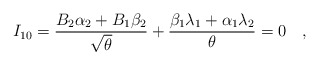
\begin{align*} I_{10} = {B_2\alpha_2+B_1\beta_2\over{\sqrt{\theta}}}+ {\beta_1\lambda_1+\alpha_1\lambda_2 \over{\theta}} = 0 \quad ,\end{align*}